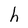
Character: h